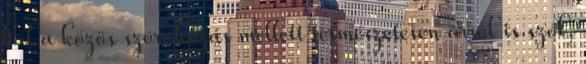
bál a közös szórakozás mellett természetesen arról is szól,